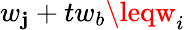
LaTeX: w_{\mathbf{j}}+tw_{b}\leqw_{i}